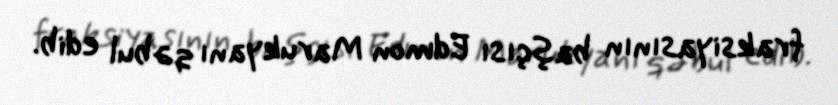
fraksiyasının başçısı Edmon Marukyanı qəbul edib.